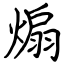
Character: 煽